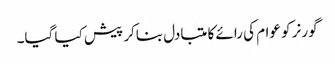
گورنر کو عوام کی رائے کا متبادل بناکر پیش کیا گیا۔